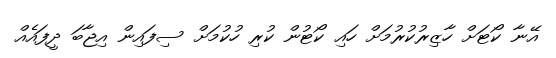
އޭނާ ކޯޓަށް ހާޒިރުކުރުމަށް ހައި ކޯޓުން ކުރި ހުކުމަށް ސިފައިން އިޖާބަ ދީފައެއް